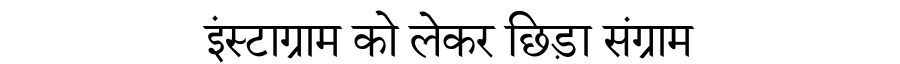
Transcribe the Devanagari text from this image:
इंस्टाग्राम को लेकर छिड़ा संग्राम